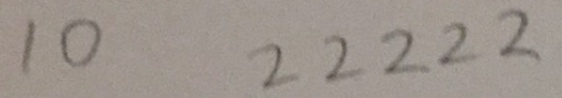
1 0 2 2 2 2 2